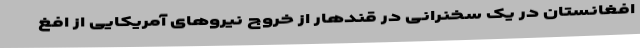
افغانستان در یک سخنرانی در قندهار از خروج نیروهای آمریکایی از افغ